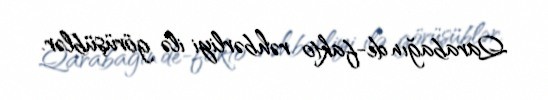
Qarabağın de-fakto rəhbərliyi ilə görüşüblər.